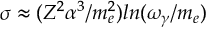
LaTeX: \sigma \approx ( Z ^ { 2 } \alpha ^ { 3 } / m _ { e } ^ { 2 } ) l n ( \omega _ { \gamma } / m _ { e } )